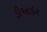
ડીઆઇર